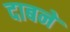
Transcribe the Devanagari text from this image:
दाबने